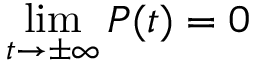
\operatorname* { l i m } _ { t \to \pm \infty } P ( t ) = 0